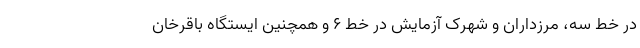
در خط سه، مرزداران و شهرک آزمایش در خط ۶ و همچنین ایستگاه باقرخان